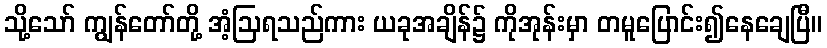
သို့သော် ကျွန်တော်တို့ အံ့ဩရသည်ကား ယခုအချိန်၌ ကိုအုန်းမှာ တမူပြောင်း၍နေချေပြီ။